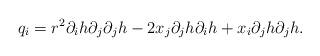
LaTeX: \begin{align*}q_{i}=r^{2}\partial_{i}h \partial_{j}\partial_{j}h-2x_{j}\partial_{j}h\partial_{i}h+x_{i}\partial_{j}h\partial_{j}h.\end{align*}